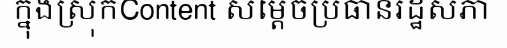
ក្នុងស្រុកContent សម្តេចប្រធានរដ្ឋសភា